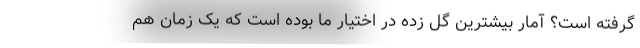
گرفته است؟ آمار بیشترین گل زده در اختیار ما بوده است که یک زمان هم